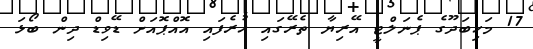
17 މަހިބަދޫގެ ޕެނަލްޓީ އޭރިޔާ ތެރޭގައި ހުރެފައި އޮއްޕޮއަށް ޑޭވިޑް ދިން ބޯޅަ